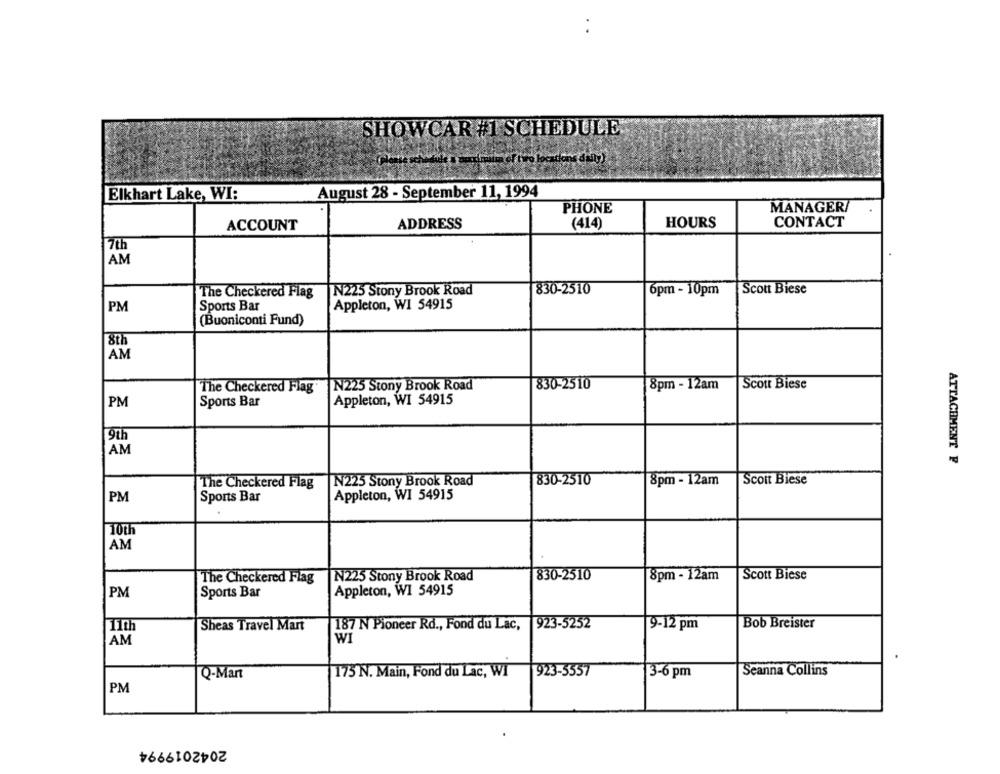
SHOWCAR #1 SCHEDULE"
August 28 - September 11, 1994
Elkhart Lake, WI:
PHONE
MANAGER/
ADDRESS
(414)
HOURS
CONTACT
ACCOUNT
7th
AM
The Checkered Flag
N225 Stony Brook Road
830-2510
6pm - 10pm
Scott Biese
PM
Sports Bar
Appleton, W1 54915
(Buoniconti Fund)
8th
AM
N225 Stony Brook Road
830-2510
8pm - 12am
Scott Biese
The Checkered Flag"
PM
Sports Bar
Appleton, WI 54915
9th
AM
ATTACHMENT F
The Checkered Flag
N225 Stony Brook Road
830-2510
8pm - 12am
Scoit Biese
Appleton, WI 54915
PM
Sports Bar
10th
AM
The Checkered Flag
N225 Stony Brook Road
830-2510
8pm - 12am
Scott Biese
PM
Sports Bar
Appleton, WI 54915
11th
Sheas Travel Mart
187 N Pioneer Rd ., Fond du Lac,
923-5252
9-12 pm
Bob Breister
AM
WI
175 N. Main, Fond du Lac, WI
923-5557
3-6 pm
Seanna Collins
Q-Mart
PM
2042019994